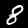
Label: 8